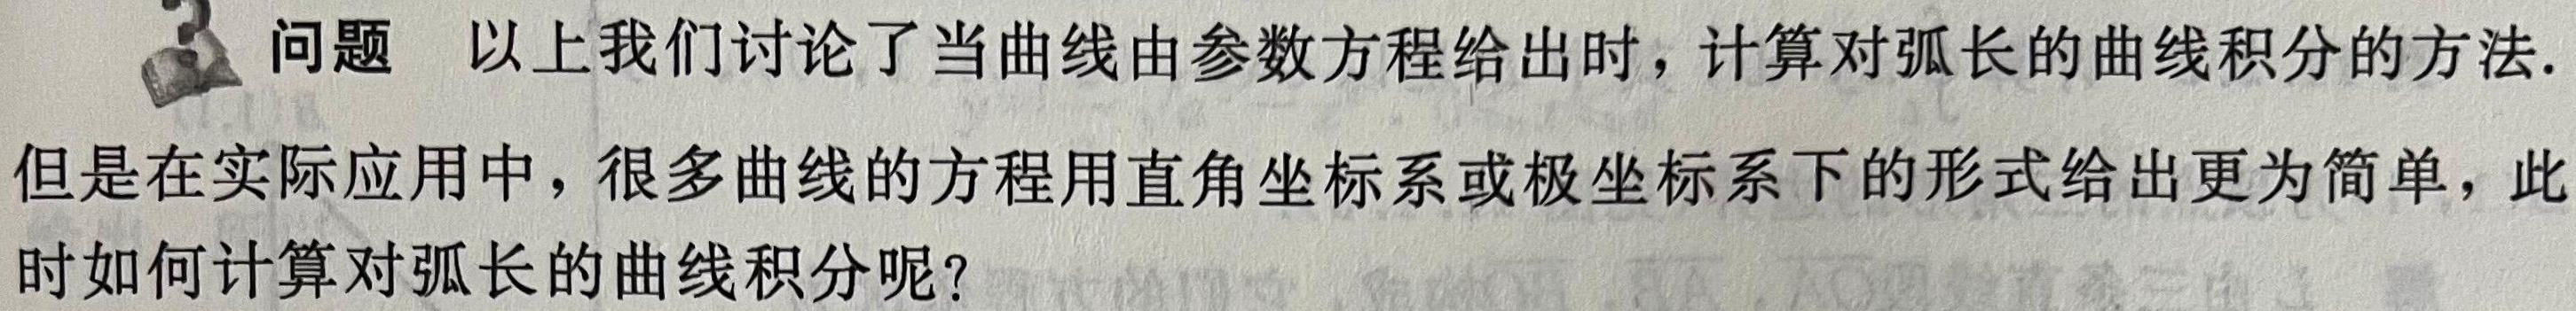
问题 以上我们讨论了当曲线由参数方程给出时，计算对弧长的曲线积分的方法. 但是在实际应用中，很多曲线的方程用直角坐标系或极坐标系下的形式给出更为简单，此时如何计算对弧长的曲线积分呢？